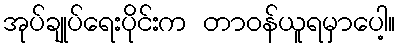
အုပ်ချုပ်ရေးပိုင်းက တာဝန်ယူရမှာပေါ့။